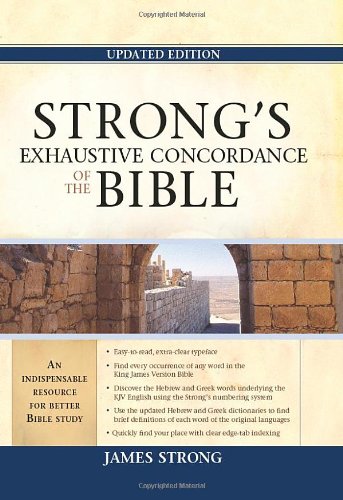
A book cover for Strong's Exhaustive Concordance of the Bible (Facets); James Strong; Christian Books & Bibles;